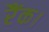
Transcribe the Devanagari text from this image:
रैंक।